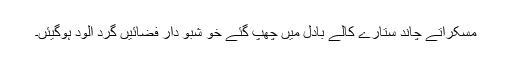
مسکراتے چاند ستارے کالے بادل میں چھپ گئے خو شبو دار فضائیں گرد آلود ہوگیئں۔